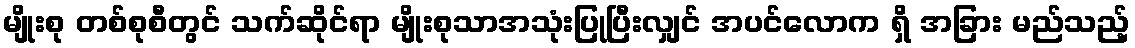
မျိုးစု တစ်စုစီတွင် သက်ဆိုင်ရာ မျိုးစုသာအသုံးပြုပြီးလျှင် အပင်လောက ရှိ အခြား မည်သည့်